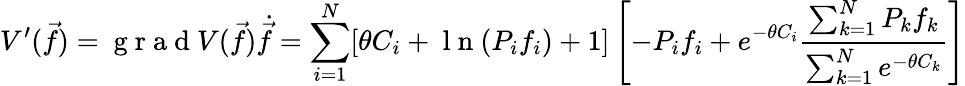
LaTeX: V^{\prime}(\vec{f})=\mathrm{~g~r~a~d~}V(\vec{f})\dot{\vec{f}}=\sum_{i=1}^{N}[\theta C_{i}+\mathrm{~l~n~}(P_{i}f_{i})+1]\left[-P_{i}f_{i}+e^{-\theta C_{i}}\frac{\sum_{k=1}^{N}P_{k}f_{k}}{\sum_{k=1}^{N}e^{-\theta C_{k}}}\right]